Annual administration report of the Civil Veterinary Department of India - 1898-1899
Year: 1898
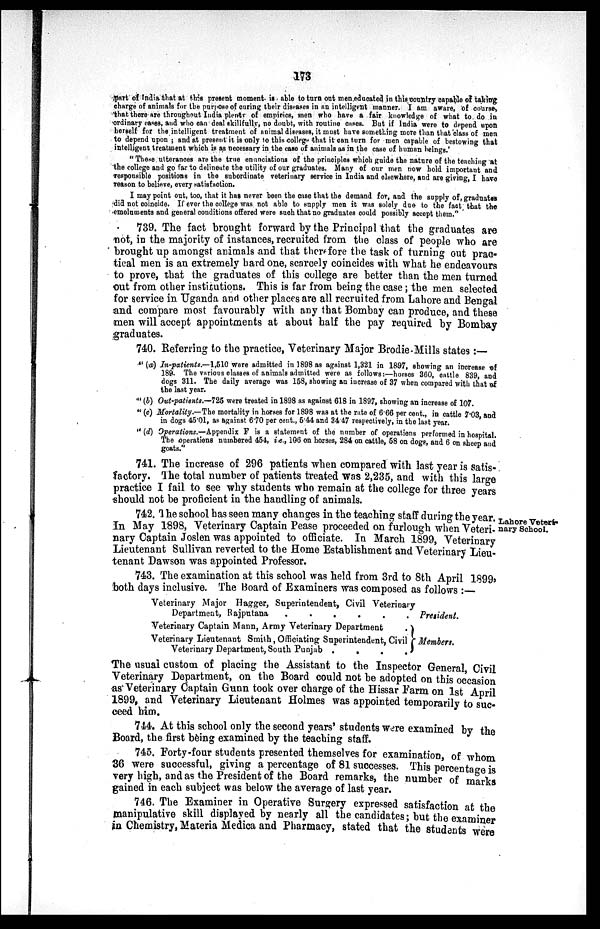
173
part of India that at this present moment is able to turn out men educated in this country capable of taking
charge of animals for the purpose of curing their diseases in an intelligent manner. I am aware, of course,
that there are throughout India plenty of empirics, men who have a fair knowledge of what to do in
ordinary cases, and who can deal skillfully, no doubt, with routine cases. But if India were to depend upon
herself for the intelligent treatment of animal diseases, it must have something more than that class of men
to depend upon ; and at present it is only to this college that it can turn for men capable of bestowing that
intelligent treatment which is as necessary in the case of animals as in the case of human beings.'
"These utterances are the true enunciations of the principles which guide the nature of the teaching at
the college and go far to delineate the utility of our graduates. Many of our men now hold important and
responsible positions in the subordinate veterinary service in India and elsewhere, and are giving, I have
reason to believe, every satisfaction.
I may point out, too, that it has never been the case that the demand for, and the supply of, graduates
did not coincide. If ever the college was not able to supply men it was solely due to the fact that the
emoluments and general conditions offered were such that no graduates could possibly accept them."
739. The fact brought forward by the Principal that the graduates are
not, in the majority of instances, recruited from the class of people who are
brought up amongst animals and that therefore the task of turning out prac-
tical men is an extremely hard one, scarcely coincides with what he endeavours
to prove, that the graduates of this college are better than the men turned
out from other institutions. This is far from being the case; the men selected
for service in Uganda and other places are all recruited from Lahore and Bengal
and compare most favourably with any that Bombay can produce, and these
men will accept appointments at about half the pay required by Bombay
graduates.
740. Referring to the practice, Veterinary Major Brodie-Mills states :—
" (a) In-patients.—1,510 were admitted in 1898 as against 1,321 in 1897, showing an increase of
189. The various classes of animals admitted were as follows:—horses 360, cattle 839, and
dogs 311. The daily average was 158, showing an increase of 37 when compared with that of
the last year.
" (b) Out-patients.—725 were treated in 1898 as against 618 in 189.7, showing an increase of 107.
" (c) Mortality— The mortality in horses for 1898 was at the rate of 6.66 per cent., in cattle 7.03 and
in dogs 45.01, as against 6.70 per cent., 5.44 and 34.47 respectively, in the last year.
" (d) Operations.—Appendix F is a statement of the number of operations performed in hospital.
The operations numbered 454, i.e., 106 on horses, 284 on cattle, 58 on dogs, and 6 on sheep and
goats."
741. The increase of 296 patients when compared with last year is satis-
factory. The total number of patients treated was 2,235, and with this large
practice I fail to see why students who remain at the college for three years
should not be proficient in the handling of animals.
Lahore Veteri-
nary School.
742. The school has seen many changes in the teaching staff during the year.
In May 1898, Veterinary Captain Pease proceeded on furlough when Veteri-
nary Captain Joslen was appointed to officiate. In March 1899, Veterinary
Lieutenant Sullivan reverted to the Home Establishment and Veterinary Lieu-
tenant Dawson was appointed Professor.
743. The examination at this school was held from 3rd to 8th April 1899,
both days inclusive. The Board of Examiners was composed as follows :
Veterinary Major Hagger, Superintendent, Civil Veterinary
Department, Rajputana
.
.
.
.
.
.
Veterinary Captain Mann, Army Veterinary Department
.
Veterinary Lieutenant Smith, Officiating Superintendent, Civil
Veterinary Department, South Punjab .
.
.
.
President.
Members.
The usual custom of placing the Assistant to the Inspector General, Civil
Veterinary Department, on the Board could not be adopted on this occasion
as Veterinary Captain Gunn took over charge of the Hissar Farm on 1st April
1899, and Veterinary Lieutenant Holmes was appointed temporarily to suc-
ceed him.
744. At this school only the second years' students were examined by the
Board, the first being examined by the teaching staff.
745. Forty-four students presented themselves for examination, of whom
36 were successful, giving a percentage of 81 successes. This percentage is
very high, and as the President of the Board remarks, the number of marks
gained in each subject was below the average of last year.
746. The Examiner in Operative Surgery expressed satisfaction at the
manipulative skill displayed by nearly all the candidates; but the examiner
in Chemistry, Materia Medica and Pharmacy, stated that the students were